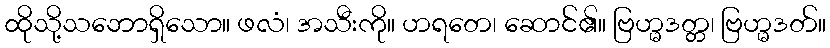
ထိုသို့သဘောရှိသော။ ဖလံ၊ အသီးကို။ ဟရတေ၊ ဆောင်၏။ ဗြဟ္မဒတ္တ၊ ဗြဟ္မဒတ်။